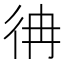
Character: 𢓒